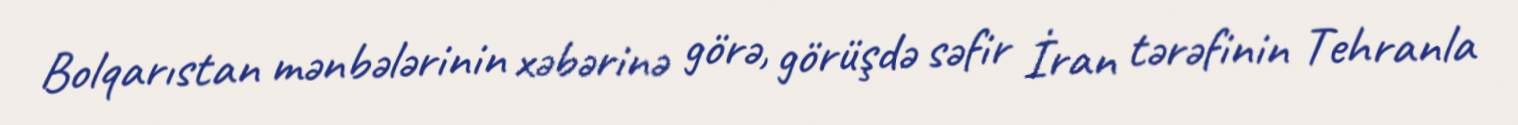
Bolqarıstan mənbələrinin xəbərinə görə, görüşdə səfir İran tərəfinin Tehranla